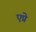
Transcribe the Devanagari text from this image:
एप्रे